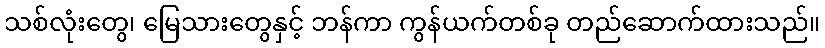
သစ်လုံးတွေ၊ မြေသားတွေနှင့် ဘန်ကာ ကွန်ယက်တစ်ခု တည်ဆောက်ထားသည်။